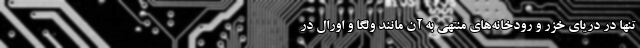
تنها در دریای خزر و رودخانه‌های منتهی به آن مانند ولگا و اورال در